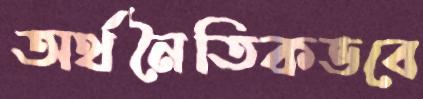
অর্থনৈতিকভবে